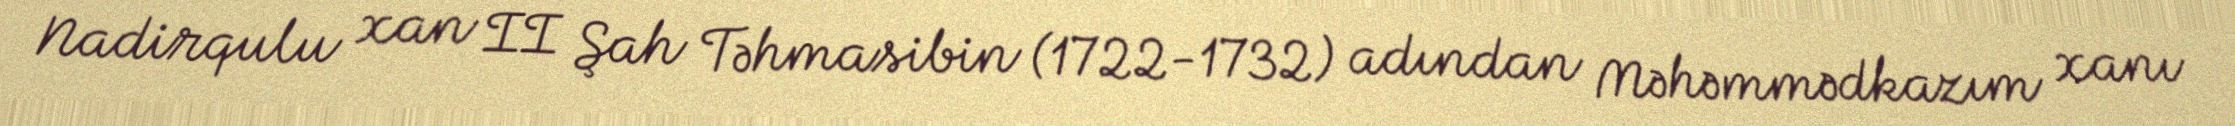
Nadirqulu xan II Şah Təhmasibin (1722-1732) adından Məhəmmədkazım xanı